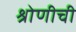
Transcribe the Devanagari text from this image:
श्रोणीची